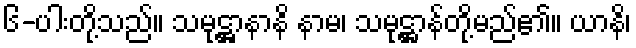
၆-ပါးတို့သည်။ သမုဋ္ဌာနာနိ နာမ၊ သမုဋ္ဌာန်တို့မည်၏။ ယာနိ၊